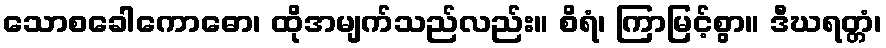
သောစခေါကောဓော၊ ထိုအမျက်သည်လည်း။ စိရံ၊ ကြာမြင့်စွာ။ ဒီဃရတ္တံ၊